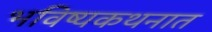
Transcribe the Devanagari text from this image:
भविष्यकथनात